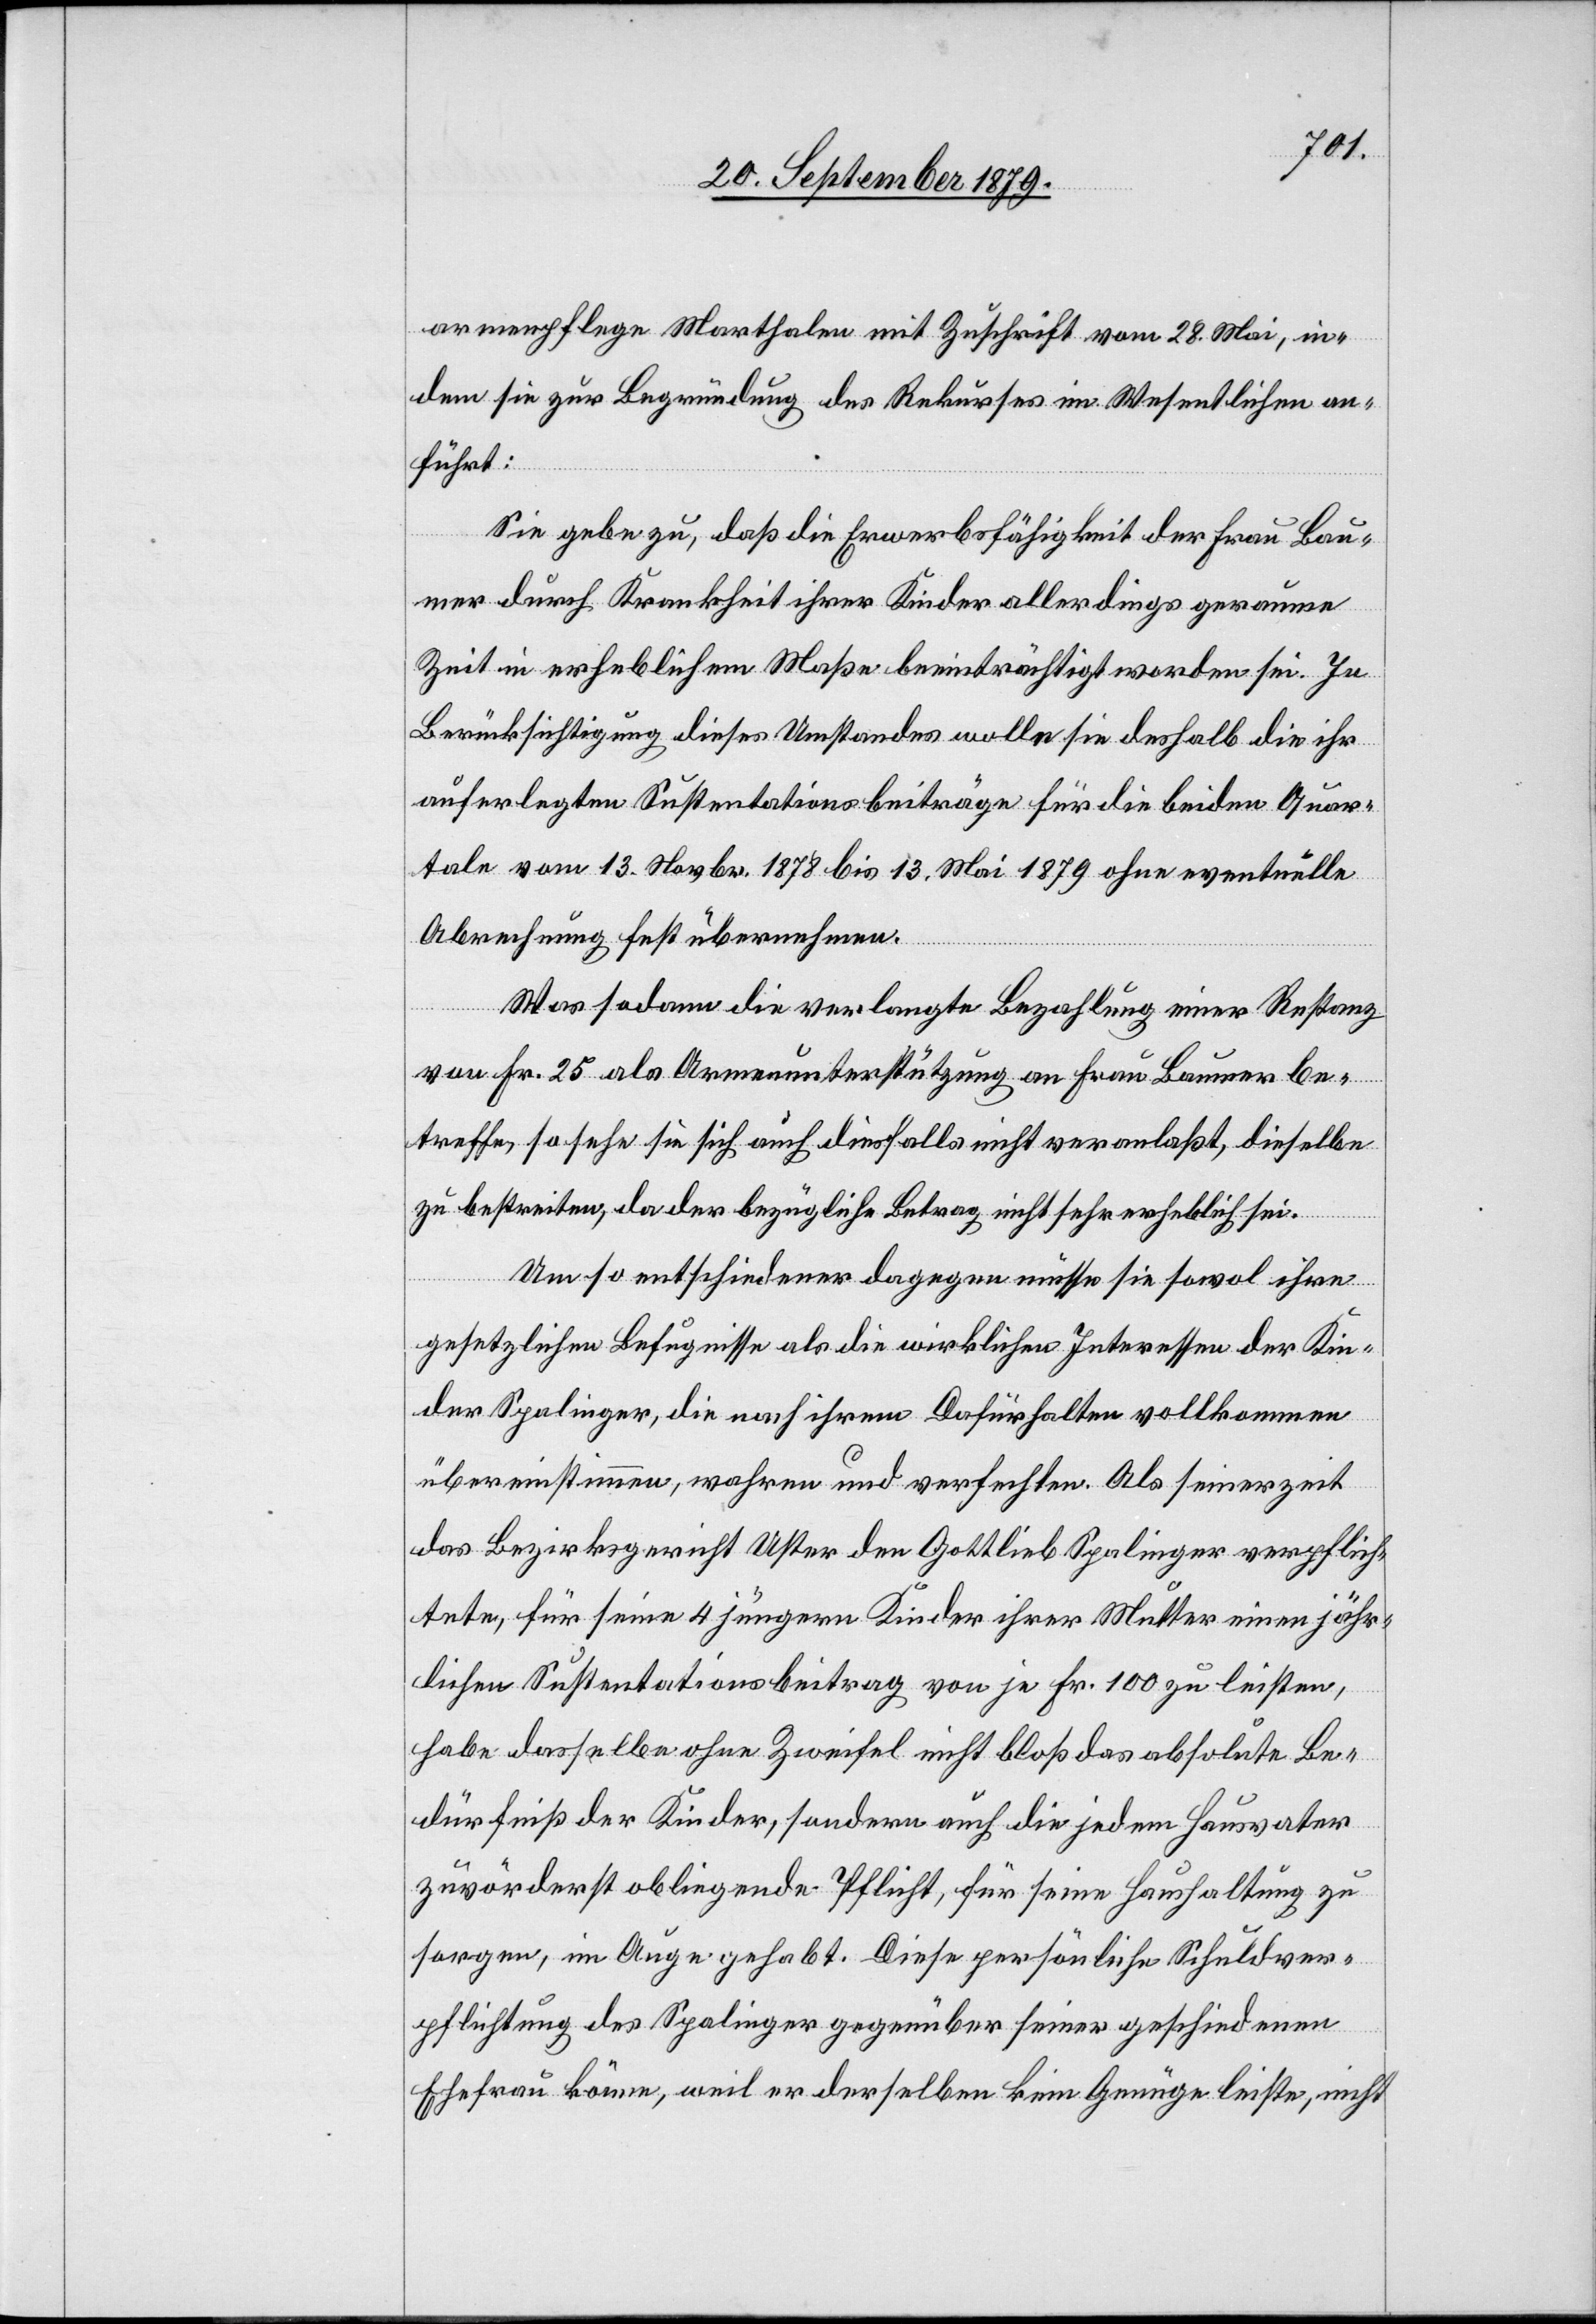
armenpflege Marthalen mit Zuschrift vom 28. Mai, in¬
dem sie zur Begründung des Rekurses im Wesentlichen an¬
führt:
Sie gebe zu, daß die Erwerbsfähigkeit der Frau Bau¬
mer durch Krankheit ihrer Kinder allerdings geraume
Zeit in erheblichem Maße beeinträchtigt worden sei. In
Berücksichtigung dieses Umstandes wolle sie deshalb die ihr
auferlegten Sustentationsbeiträge für die beiden Quar¬
tale vom 13. Novbr. 1878 bis 13. Mai 1879 ohne eventuelle
Abrechnung fest übernehmen.
Was sodann die verlangte Bezahlung einer Restanz
von Fr. 25 als Armenunterstützung an Frau Baumer be¬
treffe, so sehe sie sich auch diesfalls nicht veranlaßt, dieselbe
zu bestreiten, da der bezügliche Betrag nicht sehr erheblich sei.
Um so entschiedener dagegen müsse sie sowol ihre
gesetzlichen Befugnisse als die wirklichen Interessen der Kin¬
der Spalinger, die nach ihrem Dafürhalten vollkommen
übereinstimmen, wahren und verfechten. Als seinerzeit
das Bezirksgericht Uster den Gottlieb Spalinger verpflich¬
tete, für seine 4 jüngern Kinder ihrer Mutter einen jähr¬
lichen Sustentationsbeitrag von je Fr. 100 zu leisten,
habe dasselbe ohne Zweifel nicht bloß das absolute Be¬
dürfniß der Kinder, sondern auch die jedem Hausvater
zuvörderst obliegende Pflicht, für seine Haushaltung zu
sorgen, im Auge gehabt. Diese persönliche Schuldver¬
pflichtung des Spalinger gegenüber seiner geschiedenen
Ehefrau könne, weil er derselben kein Genüge leiste, nicht